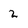
Character: 2